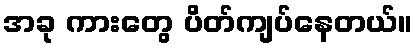
အခု ကားတွေ ပိတ်ကျပ်နေတယ်။